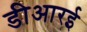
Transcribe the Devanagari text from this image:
डीआरई